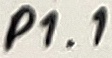
Text: P1.1